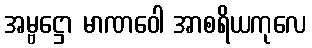
အမ္ဗဋ္ဌော မာဏဝေါ အာစရိယကုလေ